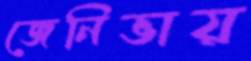
জেনিভায়